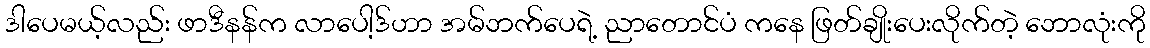
ဒါပေမယ့်လည်း ဖာဒီနန်က လာပေါ့ဒ်ဟာ အမ်ဘက်ပေရဲ့ ညာတောင်ပံ ကနေ ဖြတ်ချိုးပေးလိုက်တဲ့ ဘောလုံးကို